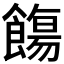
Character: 𩞃